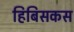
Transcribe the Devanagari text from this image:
हिबिसकस